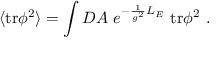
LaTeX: \langle \mathrm { t r } \phi ^ { 2 } \rangle = \int D A ~ e ^ { - \frac { 1 } { g ^ { 2 } } { \cal L } _ { E } } ~ \mathrm { t r } \phi ^ { 2 } ~ .